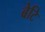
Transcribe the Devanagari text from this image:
बेटि